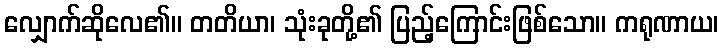
လျှောက်ဆိုလေ၏။ တတိယာ၊ သုံးခုတို့၏ ပြည့်ကြောင်းဖြစ်သော။ ကရုဏာယ၊